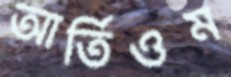
আর্তিওম